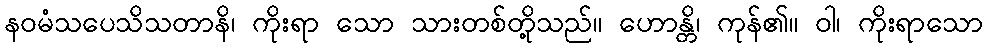
နဝမံသပေသိသတာနိ၊ ကိုးရာ သော သားတစ်တို့သည်။ ဟောန္တိ၊ ကုန်၏။ ဝါ၊ ကိုးရာသော